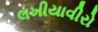
લખીયાવીરો